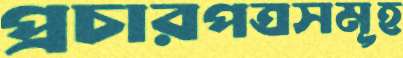
প্রচারপত্রসমূহ